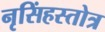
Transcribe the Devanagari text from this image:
नृसिंहस्तोत्र